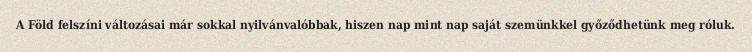
A Föld felszíni változásai már sokkal nyilvánvalóbbak, hiszen nap mint nap saját szemünkkel győződhetünk meg róluk.